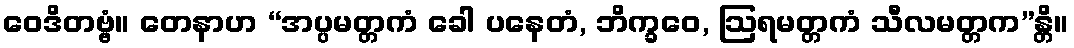
ဝေဒိတဗ္ဗံ။ တေနာဟ “အပ္ပမတ္တကံ ခေါ ပနေတံ, ဘိက္ခဝေ, ဩရမတ္တကံ သီလမတ္တက”န္တိ။